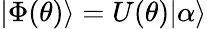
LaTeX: |\Phi(\theta)\rangle=U(\theta)|\alpha\rangle